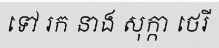
ទៅ រក នាង សុក្កា ថេរី